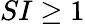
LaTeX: SI\geq 1